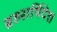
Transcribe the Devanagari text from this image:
ब्रह्मार्षिदेश